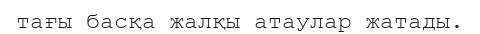
тағы басқа жалқы атаулар жатады.